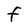
Character: F